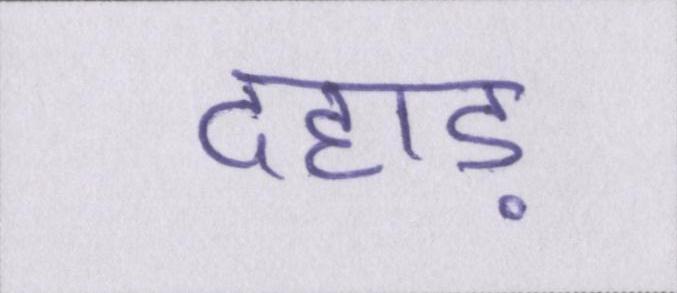
दहाड़